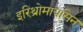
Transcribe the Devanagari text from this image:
इरिथ्रोमायसिन